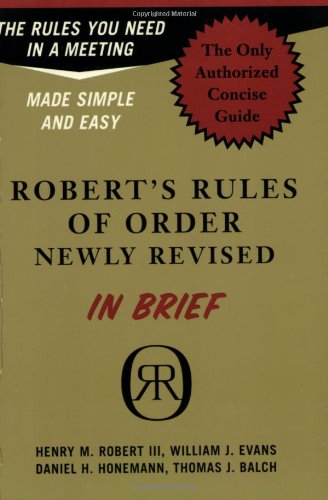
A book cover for Robert's Rules of Order in Brief: The Simple Outline of the Rules Most Often Needed at a Meeting, According to the Standard Authoritative Parliamentary Manual, Revised Edition; Henry M. Robert III; Reference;